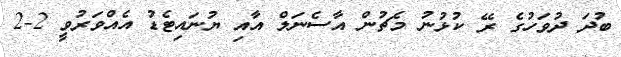
ބުދަ ދުވަހުގެ ރޭ ކުޅުނު މެޗުން އާސެނަލް އާއި ޔުނައިޓެޑު އެއްވަރުވީ 2-2